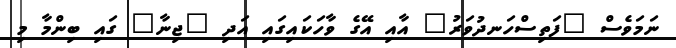
ނަމަވެސް "ފަތިސްހަނދުވަރު" އާއި އޭގެ ވާހަކައިގައި އަދި "ޖިނާ" ގައި ބިންމާ މި